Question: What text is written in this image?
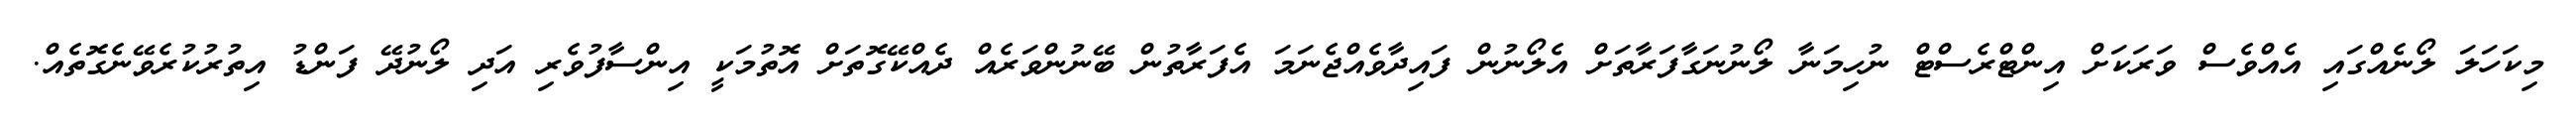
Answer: މިކަހަލަ ލޯނެއްގައި އެއްވެސް ވަރަކަށް އިންޓްރެސްޓް ނުހިމަނާ ލޯނުނަގާފަރާތަށް އެލޯނުން ފައިދާވެއްޖެނަމަ އެފަރާތުން ބޭނުންވަރެއް ދެއްކޭގޮތަށް އޮތުމަކީ އިންސާފުވެރި އަދި ލޯނުދޭ ފަންޑު އިތުރުކުރެވޭނެގޮތެއް.